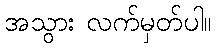
အသွား လက်မှတ်ပါ။